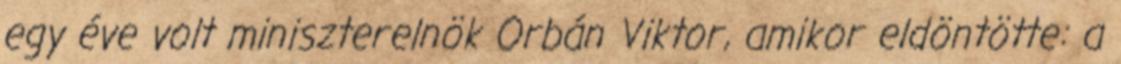
egy éve volt miniszterelnök Orbán Viktor, amikor eldöntötte: a